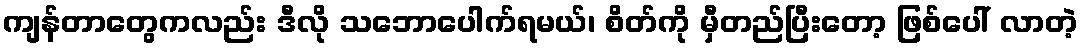
ကျန်တာတွေကလည်း ဒီလို သဘောပေါက်ရမယ်၊ စိတ်ကို မှီတည်ပြီးတော့ ဖြစ်ပေါ် လာတဲ့